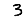
Digit: 3